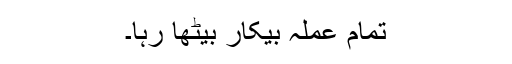
تمام عملہ بیکار بیٹھا رہا۔